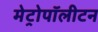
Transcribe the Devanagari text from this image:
मेट्रोपॉलीटन